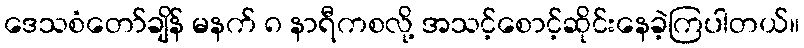
ဒေသစံတော်ချိန် မနက် ၈ နာရီကစလို့ အသင့်စောင့်ဆိုင်းနေခဲ့ကြပါတယ်။